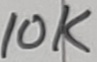
Text: 10K